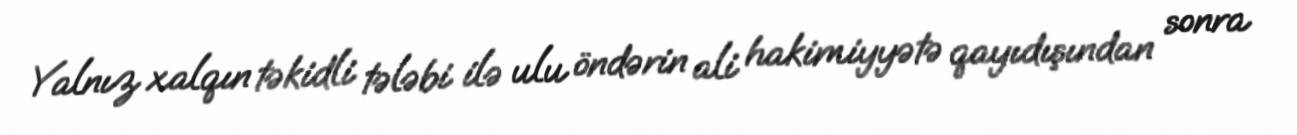
Yalnız xalqın təkidli tələbi ilə ulu öndərin ali hakimiyyətə qayıdışından sonra